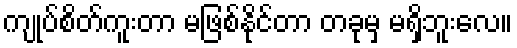
ကျုပ်စိတ်ကူးတာ မဖြစ်နိုင်တာ တခုမှ မရှိဘူးလေ။